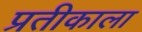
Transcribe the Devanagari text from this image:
प्रतीकाला